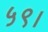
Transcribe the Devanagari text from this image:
५९।